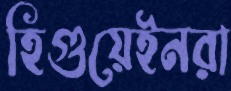
হিগুয়েইনরা